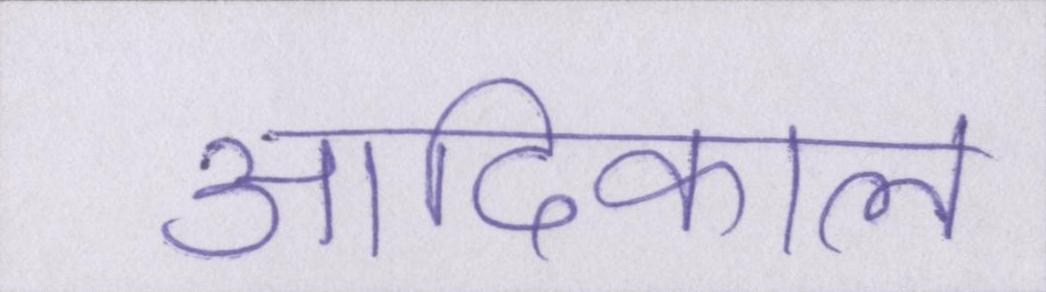
आदिकाल